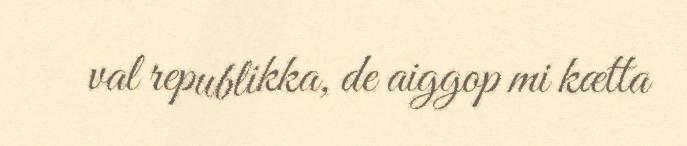
val republikka, de aiggop mi kætta